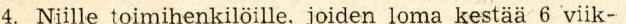
4. Niille toimihenkilöille, joiden loma kestää 6 viik-